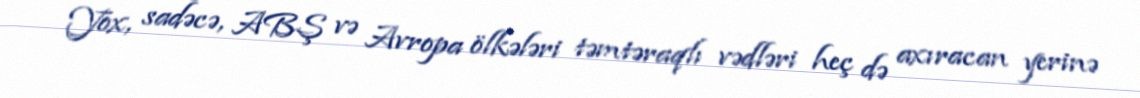
Yox, sadəcə, ABŞ və Avropa ölkələri təmtəraqlı vədləri heç də axıracan yerinə